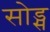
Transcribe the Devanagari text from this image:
सोड्स